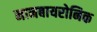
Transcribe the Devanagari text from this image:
नानबायरोनिक